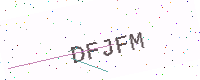
Text: DFJFM